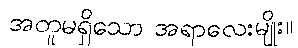
အတူမရှိသော အရာလေးမျိုး။